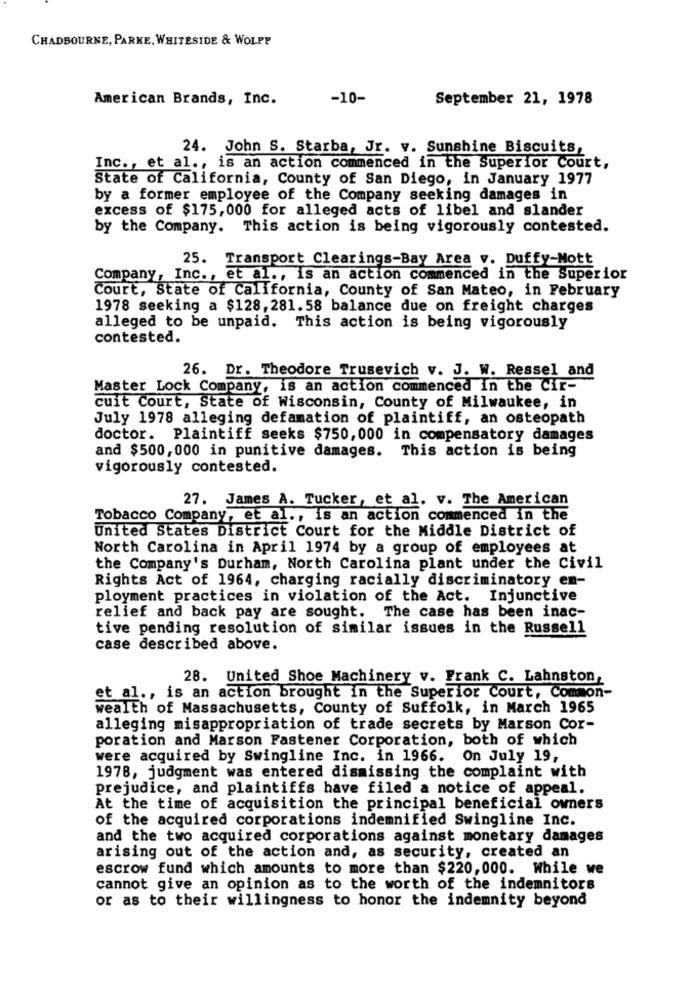
CHADBOURNE, PARKE, WHITESIDE & WOLPP
American Brands, Inc.
-10-
September 21, 1978
24. John S. Starba, Jr. v. Sunshine Biscuits,
Inc ., et al ., is an action commenced in the Superior Court,
State of California, County of San Diego, in January 1977
by a former employee of the Company seeking damages in
excess of $175,000 for alleged acts of libel and slander
by the Company. This action is being vigorously contested.
25. Transport Clearings-Bay Area v. Duffy-Mott
Company, Inc ., et al ., is an action commenced in the Superior
Court, State of California, County of San Mateo, in February
1978 seeking a $128, 281.58 balance due on freight charges
alleged to be unpaid. This action is being vigorously
contested.
26. Dr. Theodore Trusevich v. J. W. Ressel and
Master Lock Company, is an action commenced In the Cir-
cuit Court, State of Wisconsin, County of Milwaukee, in
July 1978 alleging defamation of plaintiff, an osteopath
doctor. Plaintiff seeks $750, 000 in compensatory damages
and $500,000 in punitive damages. This action is being
vigorously contested.
27. James A. Tucker, et al. v. The American
Tobacco Company, et al ., is an action commenced in the
United States District Court for the Middle District of
North Carolina in April 1974 by a group of employees at
the Company's Durham, North Carolina plant under the Civil
Rights Act of 1964, charging racially discriminatory en-
ployment practices in violation of the Act. Injunctive
relief and back pay are sought. The case has been inac-
tive pending resolution of similar issues in the Russell
case described above.
28. United Shoe Machinery v. Frank C. Lahnston,
et al ., is an action brought in the Superior Court, Common-
wealth of Massachusetts, County of Suffolk, in March 1965
alleging misappropriation of trade secrets by Marson Cor-
poration and Marson Fastener Corporation, both of which
were acquired by Swingline Inc. in 1966. On July 19,
1978, judgment was entered dismissing the complaint with
prejudice, and plaintiffs have filed a notice of appeal.
At the time of acquisition the principal beneficial owners
of the acquired corporations indemnified Swingline Inc.
and the two acquired corporations against monetary damages
arising out of the action and, as security, created an
escrow fund which amounts to more than $220,000. While we
cannot give an opinion as to the worth of the indemnitors
or as to their willingness to honor the indemnity beyond